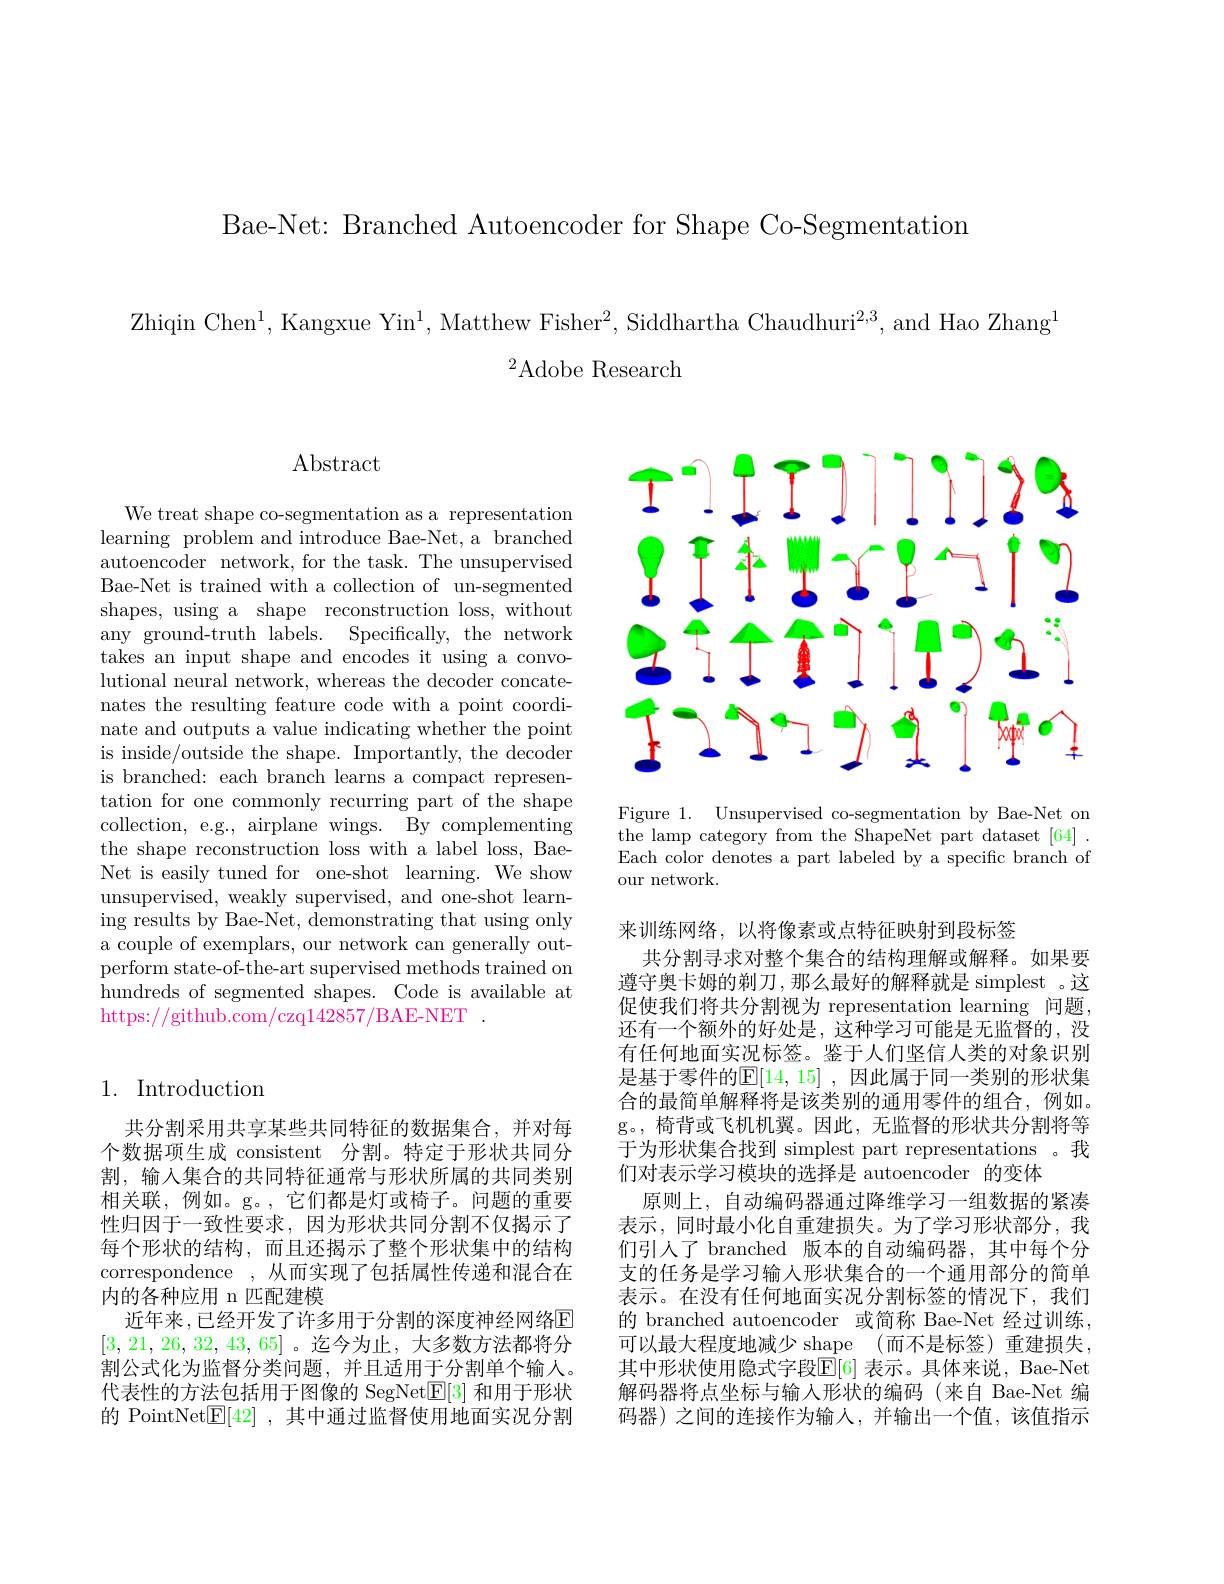
Bae-Net: Branched Autoencoder for Shape Co-Segmentation

Zhiqin Che$n^{1}$, Kangxue Yi$n^{1}$, Matthew Fishe$r^{2}$, Siddhartha Chaudhur$i^{2, 3}$, and Hao Zhang
$^2$Adobe Research

## 1. Introduction

共分割采用共享某些共同特征的数据集合，并对每个数据项生成 consistent 分割。特定于形状共同分割，输入集合的共同特征通常与形状所属的共同类别相关联，例如。g。,它们都是灯或椅子。问题的重要性归因于一致性要求，因为形状共同分割不仅揭示了每个形状的结构，而且还揭示了整个形状集中的结构correspondence , 从而实现了包括属性传递和混合在内的各种应用 n 匹配建模
近年来 ,已经开发了许多用于分割的深度神经网络E [3,21,26,32,43,65]。迄今为止，大多数方法都将分割公式化为监督分类问题，并且适用于分割单个输人。代表性的方法包括用于图像的 SegNet$\underline{\mathrm{E}}[3]$和用于形状的 PointNet$\mathbb{E}|42|$ ,其中通过监督使用地面实况分割

# $\operatorname{Abstract}$

We treat shape co-segmentation as a representation learning problem and introduce Bae-Net, a branched autoencoder network, for the task. The unsupervised Bae-Net is trained with a collection of un-segmented shapes, using a shape reconstruction loss, without any ground-truth labels. Specifically, the'network takes an input shape and encodes it using a convolutional neural network, whereas the decoder concatenates the resulting feature code with a point coordinate and outputs a value indicating whether the point is inside/outside the shape. Importantly, the decoder is branched: each branch learns a compact representation for one commonly recurring part of the shape collection, e.g., airplane wings. By complementing the shape reconstruction loss with a label loss, BaeNet is easily tuned for one-shot learning. We show unsupervised, weakly supervised, and one-shot learning results by Bae-Net, demonstrating that using only a couple of exemplars, our network can generally outperform state-of-the-art supervised methods trained on hundreds of segmented shapes. Code is available at https://github.com/czq142857/BAE-NET .

<FigureHere>

Figure 1. Unsupervised co-segmentation by Bae-Net on the lamp category from the ShapeNet part dataset [64] . Each color denotes a part labeled by a specific branch of our network

来训练网络，以将像素或点特征映射到段标签
共分割寻求对整个集合的结构理解或解释。如果要遵守奥卡姆的剃刀，那么最好的解释就是 simplest 。这促使我们将共分割视为 representation learning 问题还有一个额外的好处是，这种学习可能是无监督的，没有任何地面实况标签。鉴于人们坚信人类的对象识别是基于零件的$\mathbb{E}[14,15]$ ,因此属于同一类别的形状集合的最简单解释将是该类别的通用零件的组合，例如。g。, 椅背或飞机机翼。因此，无监督的形状共分割将等于为形状集合找到 simplest part representations 。我们对表示学习模块的选择是 autoencoder 的变体
原则上，自动编码器通过降维学习一组数据的紧凑表示，同时最小化自重建损失。为了学习形状部分，我们引人了 branched 版本的自动编码器，其中每个分支的任务是学习输入形状集合的一个通用部分的简单表示。在没有任何地面实况分割标签的情况下，我们的 branched autoencoder 或简称 Bae-Net 经过训练， 可以最大程度地减少 shape (而不是标签)重建损失， 其中形状使用隐式字段$\mathbb{E}[6]$ 表示。具体来说，Bae-Net 解码器将点坐标与输入形状的编码(来自 Bae-Net 编码器)之间的连接作为输入，并输出一个值，该值指示